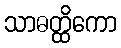
သာဓတ္ထိကော